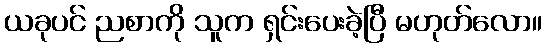
ယခုပင် ညစာကို သူက ရှင်းပေးခဲ့ပြီ မဟုတ်လော။